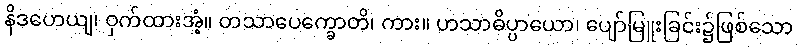
နိဒဟေယျ၊ ဝှက်ထားအံ့။ တသာပေက္ခောတိ၊ ကား။ ဟသာဓိပ္ပာယော၊ ပျော်မြူးခြင်း၌ဖြစ်သော